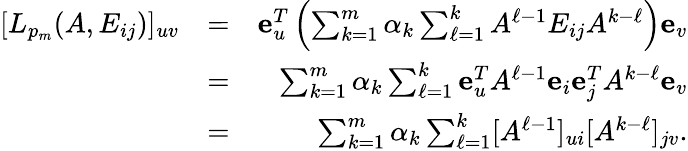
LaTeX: \begin{array}{rlr}{[L_{p_{m}}(A,E_{ij})]_{uv}}&{=}&{{\mathbf e}_{u}^{T}\left(\sum_{k=1}^{m}\alpha_{k}\sum_{\ell=1}^{k}A^{\ell-1}E_{ij}A^{k-\ell}\right){\mathbf e}_{v}}\\ &{=}&{\sum_{k=1}^{m}\alpha_{k}\sum_{\ell=1}^{k}{\mathbf e}_{u}^{T}A^{\ell-1}{\mathbf e}_{i}{\mathbf e}_{j}^{T}A^{k-\ell}{\mathbf e}_{v}}\\ &{=}&{\sum_{k=1}^{m}\alpha_{k}\sum_{\ell=1}^{k}[A^{\ell-1}]_{ui}[A^{k-\ell}]_{jv}.}\end{array}